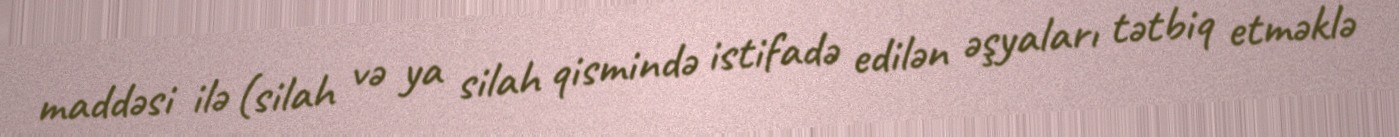
maddəsi ilə (silah və ya silah qismində istifadə edilən əşyaları tətbiq etməklə